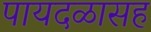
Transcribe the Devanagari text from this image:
पायदळासह